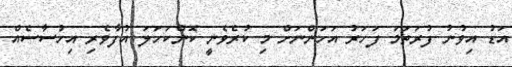
އަޑު އިވުނު ފުރަތަމަ ފަހަރު އަހަންނަށް މި ކުރެވެނީ ކޮންކަހަލަ އުފާވެރި އިހުސާސެއް